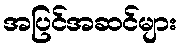
အပြင်အဆင်များ